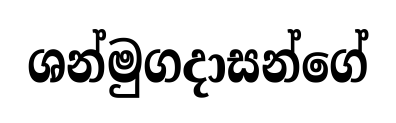
ශන්මුගදාසන්ගේ